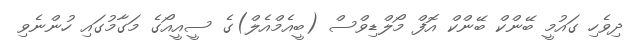
ދިވެހި ގައުމީ ބޭންކް ބޭންކް އޮފް މޯލްޑިވްސް (ބީއެމްއެލް)ގެ ސީއީއޯގެ މަގާމުގައި ހުންނެވި